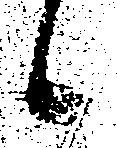
候